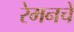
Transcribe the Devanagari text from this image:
रेमनचे